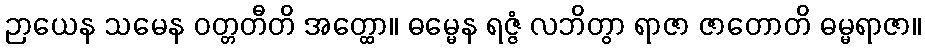
ဉာယေန သမေန ဝတ္တတီတိ အတ္ထော။ ဓမ္မေန ရဇ္ဇံ လဘိတွာ ရာဇာ ဇာတောတိ ဓမ္မရာဇာ။